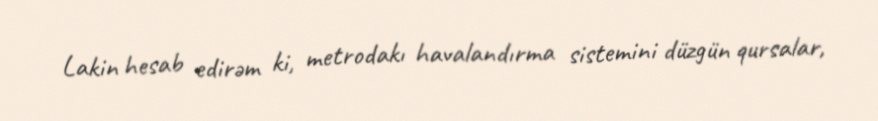
Lakin hesab edirəm ki, metrodakı havalandırma sistemini düzgün qursalar,